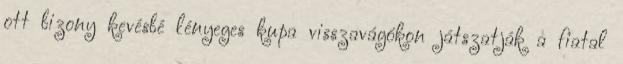
ott bizony kevésbé lényeges kupa visszavágókon játszatják a fiatal